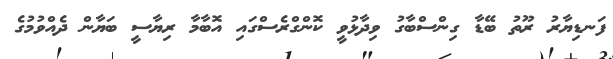
ފަނޑިޔާރު ރޫތު ބޭޑާ ގިންސްބާގު ވިދާޅުވީ ކޮންގްރެސްގައި އޮބާމާ ރިޔާސީ ބަޔާން ދެއްވުމުގެ